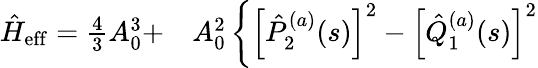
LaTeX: \begin{array}{rl}{\hat{H}_{\mathrm{eff}}=\frac{4}{3}A_{0}^{3}+}&{{}A_{0}^{2}\left\{ \left[\hat{P}_{2}^{(a)}(s)\right]^{2}-\left[\hat{Q}_{1}^{(a)}(s)\right]^{2}\right.}\end{array}